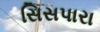
સિસપારા